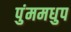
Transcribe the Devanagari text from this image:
पुंममधुप